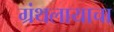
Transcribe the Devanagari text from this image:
ग्रंथलायाचा